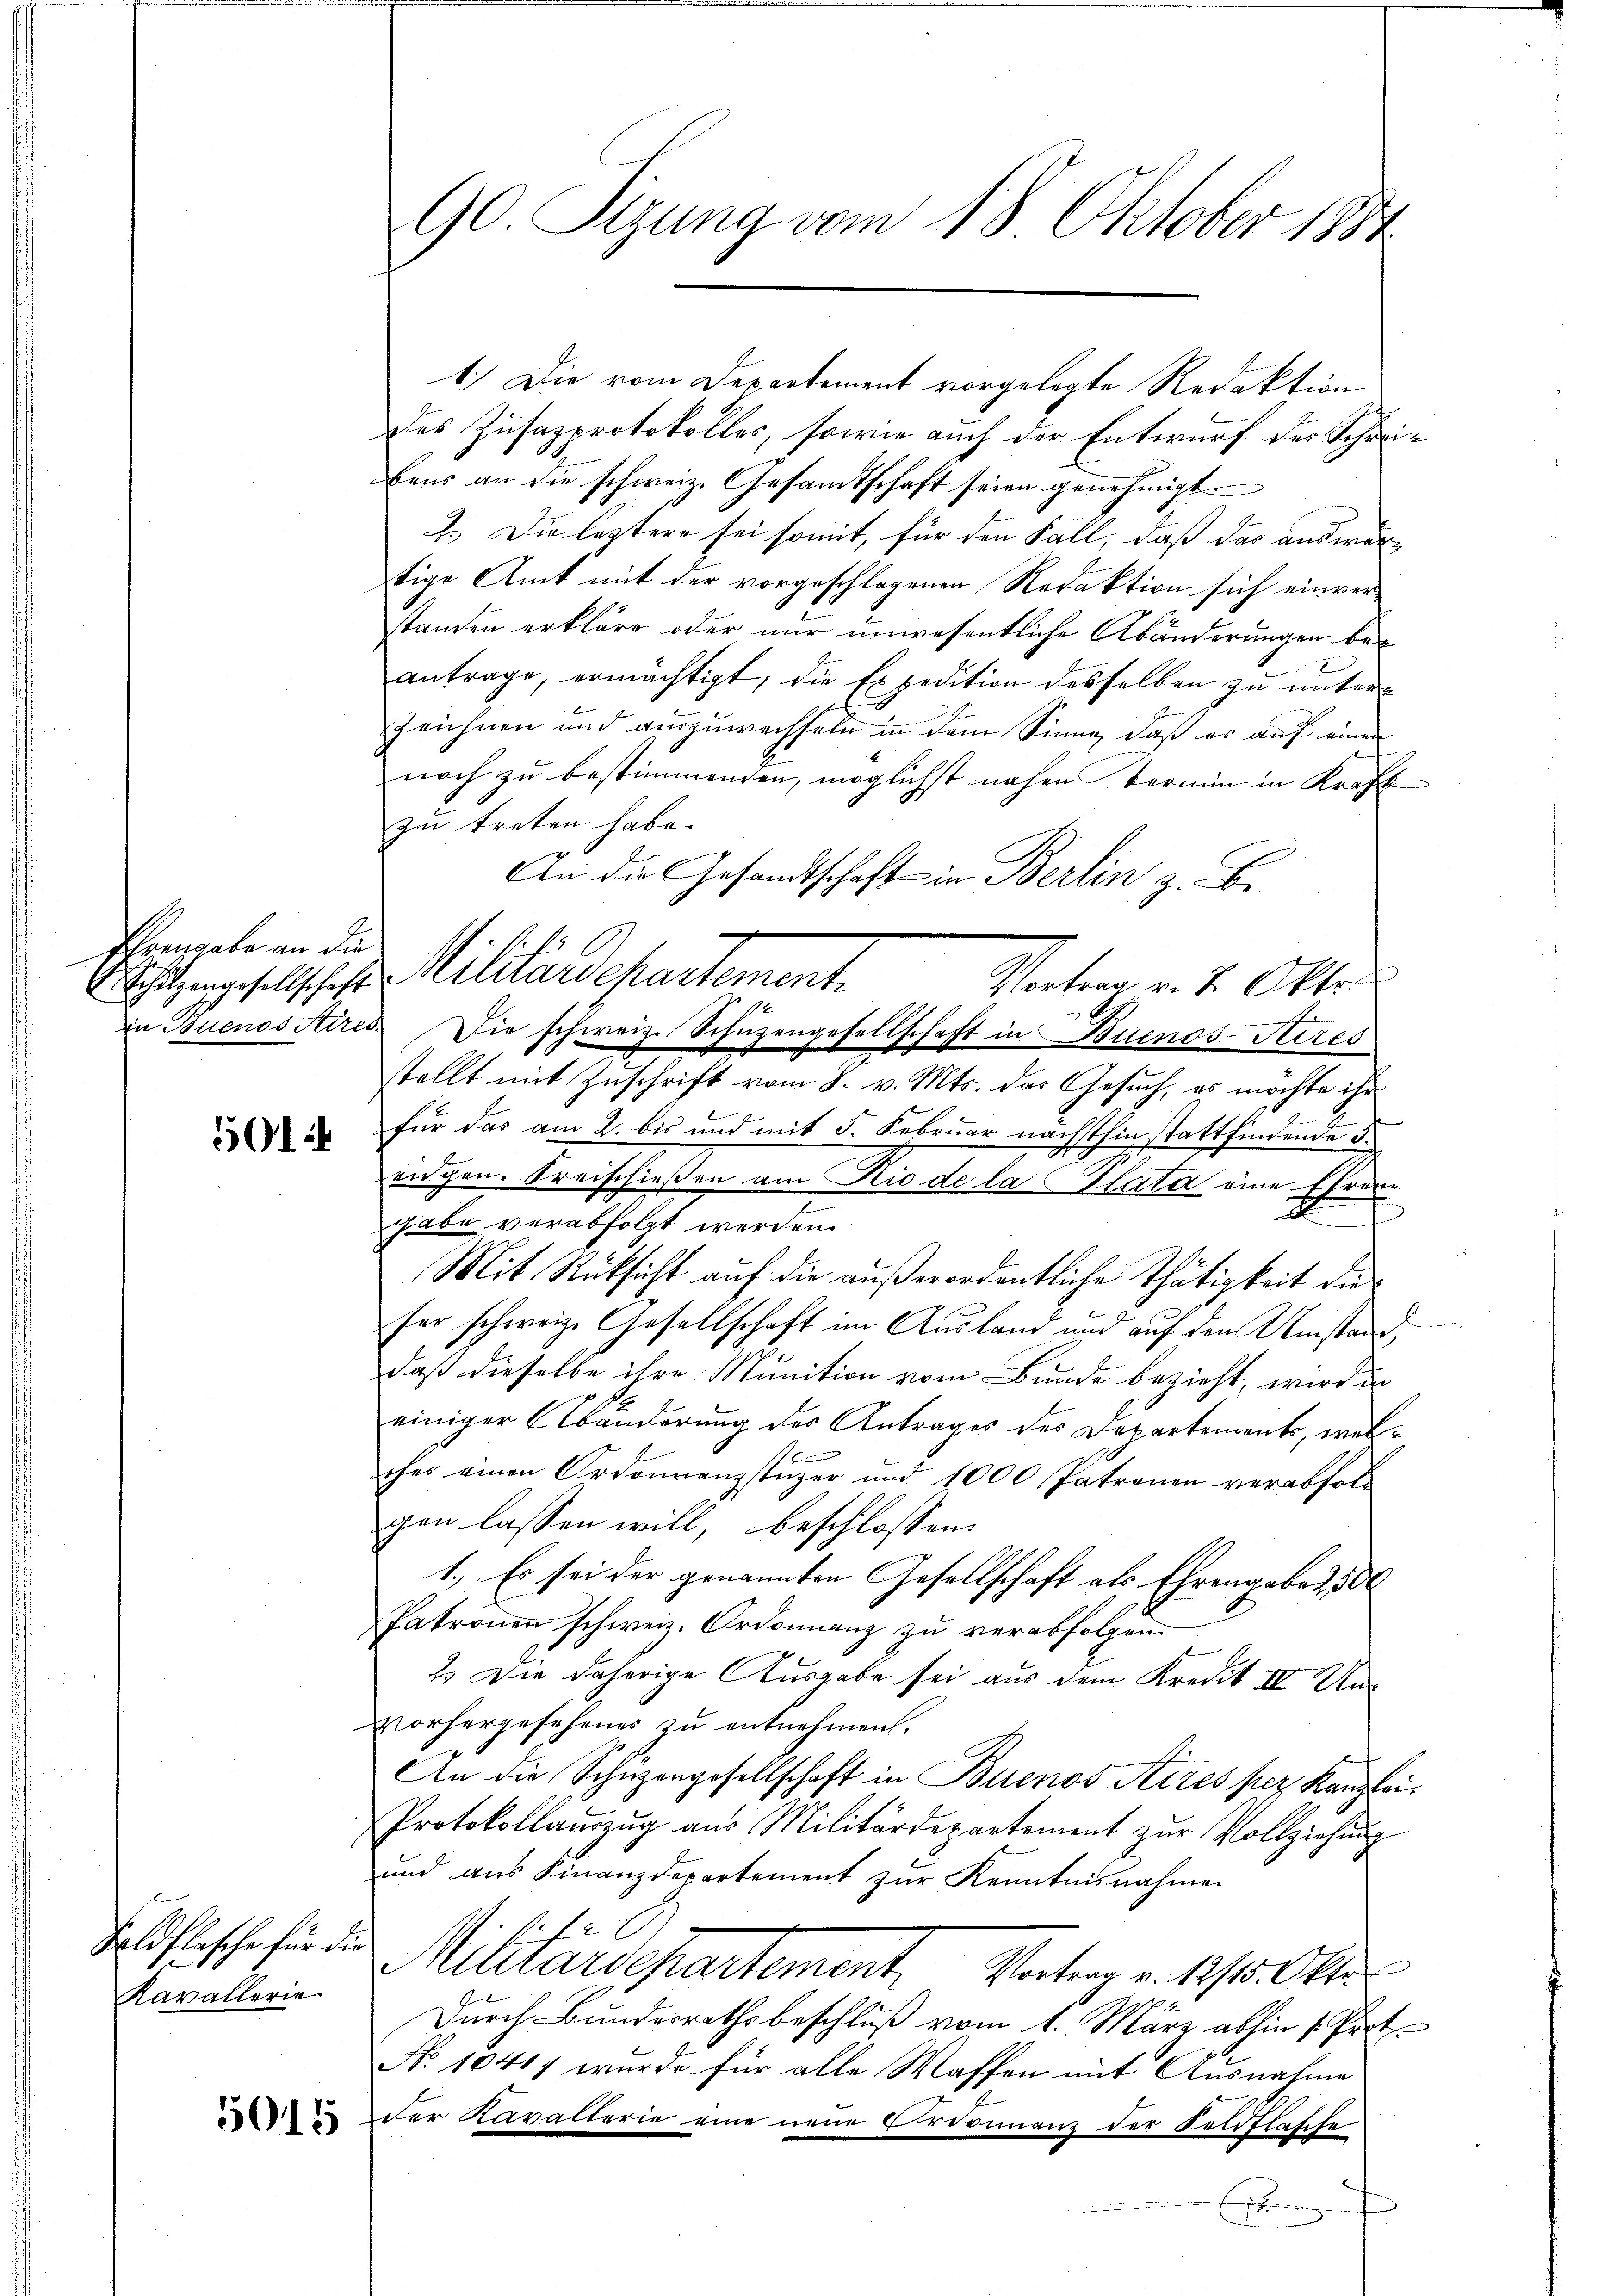
Ehrengabe an die

501

1.) Die vom Departement vorgelegte Redaktion
Der Zusazprotokolles, sowie auch der Entwurf des Schreibens an die schweiz. Gesandtschaft seien genehmigt.
2.) Die letztere sei somit, für den Fall, daß das auswär-
tige Amt mit der vorgeschlagenen Redaktion sich einverstanden erkläre oder nur unwesentliche Abänderungen beantrage, ermächtigt, die Expedition desselben zu unterzeichnen und auszuwechseln in dem Sinne, daß es auf einen
noch zu bestimmenden, möglichst nahen Termin in Kraft
zu treten habe.
An die Gesandtschaft in Berlin z. Be¬
Vortrag v. 4. Okto
stellt mit Zuschrift vom 8. v. Mts. das Gesuch, es möchte ihr
für das am 2. bis und mit 5. Februar nächsthin stattfindende d.
ridgen. Kreischießen am Riede la Plata eine Eheren
gabe verabfolgt werden.
Mit Rücksicht auf die außerordentliche Thätigkeit dies
fer schweiz. Gesellschaft im Ausland und auf den Umstand,
daß dieselbe ihre Munition vom Bunde bezieht, wird in
einiger Abänderung des Antrages des Departements, wel¬
E
ches einen Ordonnanzstüzer und 1000 Patronen verabfolgen lassen will, beschlossen:
1.) Es sei der genannten Gesellschaft als Ehrengabe d. 300
Patronen schweiz. Ordonnenz zu verabfolgen.
2.) Die daherige Ausgabe sei aus dem Kredit III Un
Vorhergesehenes zu entnehmen.
An die Schüzengesellschaft in Buenos Aires per Kanzlei.
Protokollaŭszŭg aŭs Militärdepartement zŭr Vollziehŭng
und aus Finanzdepartement zŭr Kenntnisnahme

Nituarschartement, Vortrag v. 1815. Okt
Durch Bundesrathsbeschluß vom 1. März abhin (Prot.
No 10417 wurde für alle Waffen mit Ausnahme
der Kavalterie eine neue Ordonnens der Feldflasche
r

Feldflasche für die
Kavallerie

5015

90. Sizung vom 18. Oktober 1884

chatzungesellsches Militärdepartement.
in Buenos Aires. Die schweiz. Schüzengesellschaft in Buenos-Aires